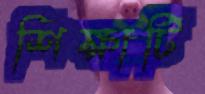
শিক্ষাটি